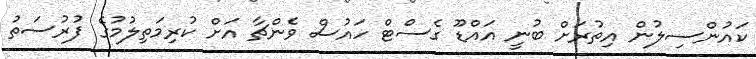
ކައުންސިލުން އިތުރަށް ބުނީ އައްޑޫ ގެސްޓް ހައުސް ވެންޗާ އަށް ކުރިމަތިލުމުގެ ފުރުސަތު